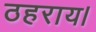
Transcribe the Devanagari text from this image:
ठहराय।